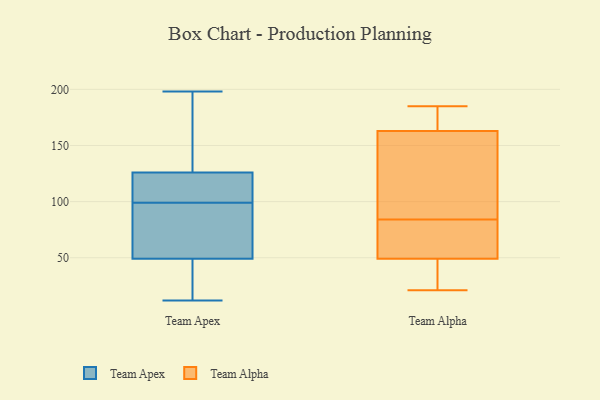
{"axis": {"x": "Latency (ms)", "y": "Value"}, "legend": ["Team Alpha", "Team Apex"], "data": [{"x": "", "y": 50, "type": "Team Apex"}, {"x": "", "y": 136, "type": "Team Apex"}, {"x": "", "y": 104, "type": "Team Apex"}, {"x": "", "y": 78, "type": "Team Apex"}, {"x": "", "y": 111, "type": "Team Apex"}, {"x": "", "y": 198, "type": "Team Apex"}, {"x": "", "y": 94, "type": "Team Apex"}, {"x": "", "y": 48, "type": "Team Apex"}, {"x": "", "y": 17, "type": "Team Apex"}, {"x": "", "y": 12, "type": "Team Apex"}, {"x": "", "y": 125, "type": "Team Apex"}, {"x": "", "y": 127, "type": "Team Apex"}, {"x": "", "y": 172, "type": "Team Alpha"}, {"x": "", "y": 185, "type": "Team Alpha"}, {"x": "", "y": 103, "type": "Team Alpha"}, {"x": "", "y": 66, "type": "Team Alpha"}, {"x": "", "y": 21, "type": "Team Alpha"}, {"x": "", "y": 46, "type": "Team Alpha"}, {"x": "", "y": 101, "type": "Team Alpha"}, {"x": "", "y": 89, "type": "Team Alpha"}, {"x": "", "y": 34, "type": "Team Alpha"}, {"x": "", "y": 49, "type": "Team Alpha"}, {"x": "", "y": 51, "type": "Team Alpha"}, {"x": "", "y": 169, "type": "Team Alpha"}, {"x": "", "y": 79, "type": "Team Alpha"}, {"x": "", "y": 163, "type": "Team Alpha"}]}